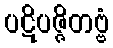
ပဋိပဇ္ဇိတဗ္ဗံ